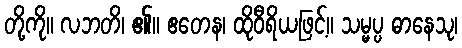
တို့ကို။ လဘတိ၊ ၏။ ဧတေန၊ ထိုဝီရိယဖြင့်။ သမ္မပ္ပ ဓာနေသု၊